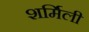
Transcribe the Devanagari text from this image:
शर्मिली